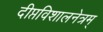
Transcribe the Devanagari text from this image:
दीप्तविशालनेत्रम्